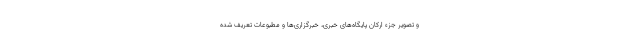
و تصویر جزء ارکان پایگاه‌های خبری، خبرگزاری‌ها و مطبوعات تعریف شده